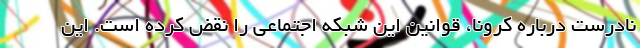
نادرست درباره کرونا، قوانین این شبکه اجتماعی را نقض کرده است. این